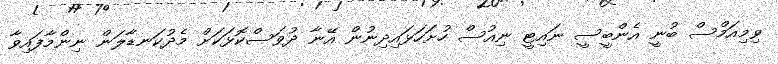
ވިމިއަމްސް ބުނީ އެންބީސީ ނައިޓީ ނިއުސް ހުށަހަޅައިދިނުން އޭނާ ދުވަސްކޮޅަކަށް މެދުކަނޑާލަން ނިންމާފައިވާ